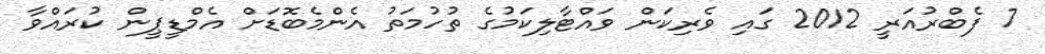
7 ފެބްރުއަރީ 2012 ގައި ވެރިކަން ވައްޓާލިކަމުގެ ތުހުމަތު އެންމެބޮޑަށް އެމްޑީޕީން ކުރައްވާ